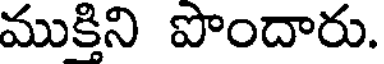
ముకిని పొందారు.